Civil Veterinary Dept. Assam report 1927-50 - 1927-1950
Year: 1927
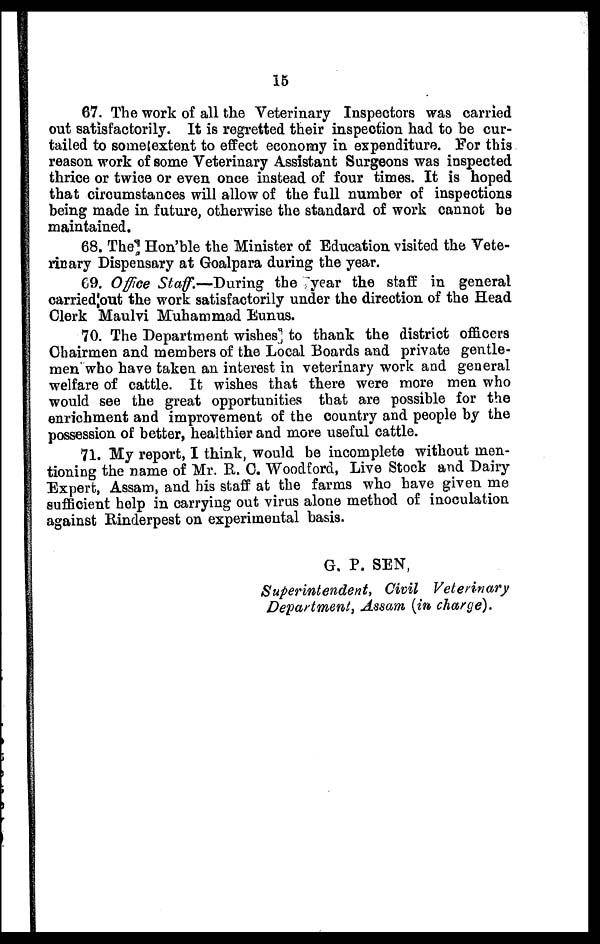
15
67. The work of all the Veterinary Inspectors was carried
out satisfactorily. It is regretted their inspection had to be cur-
tailed to sometextent to effect economy in expenditure. For this
reason work of some Veterinary Assistant Surgeons was inspected
thrice or twice or even once instead of four times. It is hoped
that circumstances will allow of the full number of inspections
being made in future, otherwise the standard of work cannot be
maintained.
68. The Hon'ble the Minister of Education visited the Vete-
rinary Dispensary at Goalpara during the year.
69. Office Staff.—During the year the staff in general
carried out the work satisfactorily under the direction of the Head
Clerk Maulvi Muhammad Eunus.
70. The Department wishes to thank the district officers
Chairmen and members of the Local Boards and private gentle-
men who have taken an interest in veterinary work and general
welfare of cattle. It wishes that there were more men who
would see the great opportunities that are possible for the
enrichment and improvement of the country and people by the
possession of better, healthier and more useful cattle.
71. My report, I think, would be incomplete without men-
tioning the name of Mr. R. C. Woodford, Live Stock and Dairy
Expert, Assam, and his staff at the farms who have given me
sufficient help in carrying out virus alone method of inoculation
against Rinderpest on experimental basis.
G. P. SEN,
Superintendent,
Civil
Veterinary
Department, Assam (in charge).